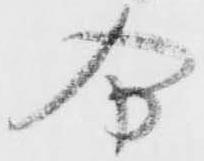
分